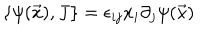
\{ \psi ( \vec { x } ) , J \} = \epsilon _ { i j } x _ { i } \partial _ { j } \psi ( \vec { x } )